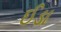
ઈડા